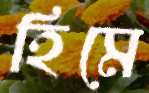
হিমে